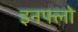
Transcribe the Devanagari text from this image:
इनफ्लो